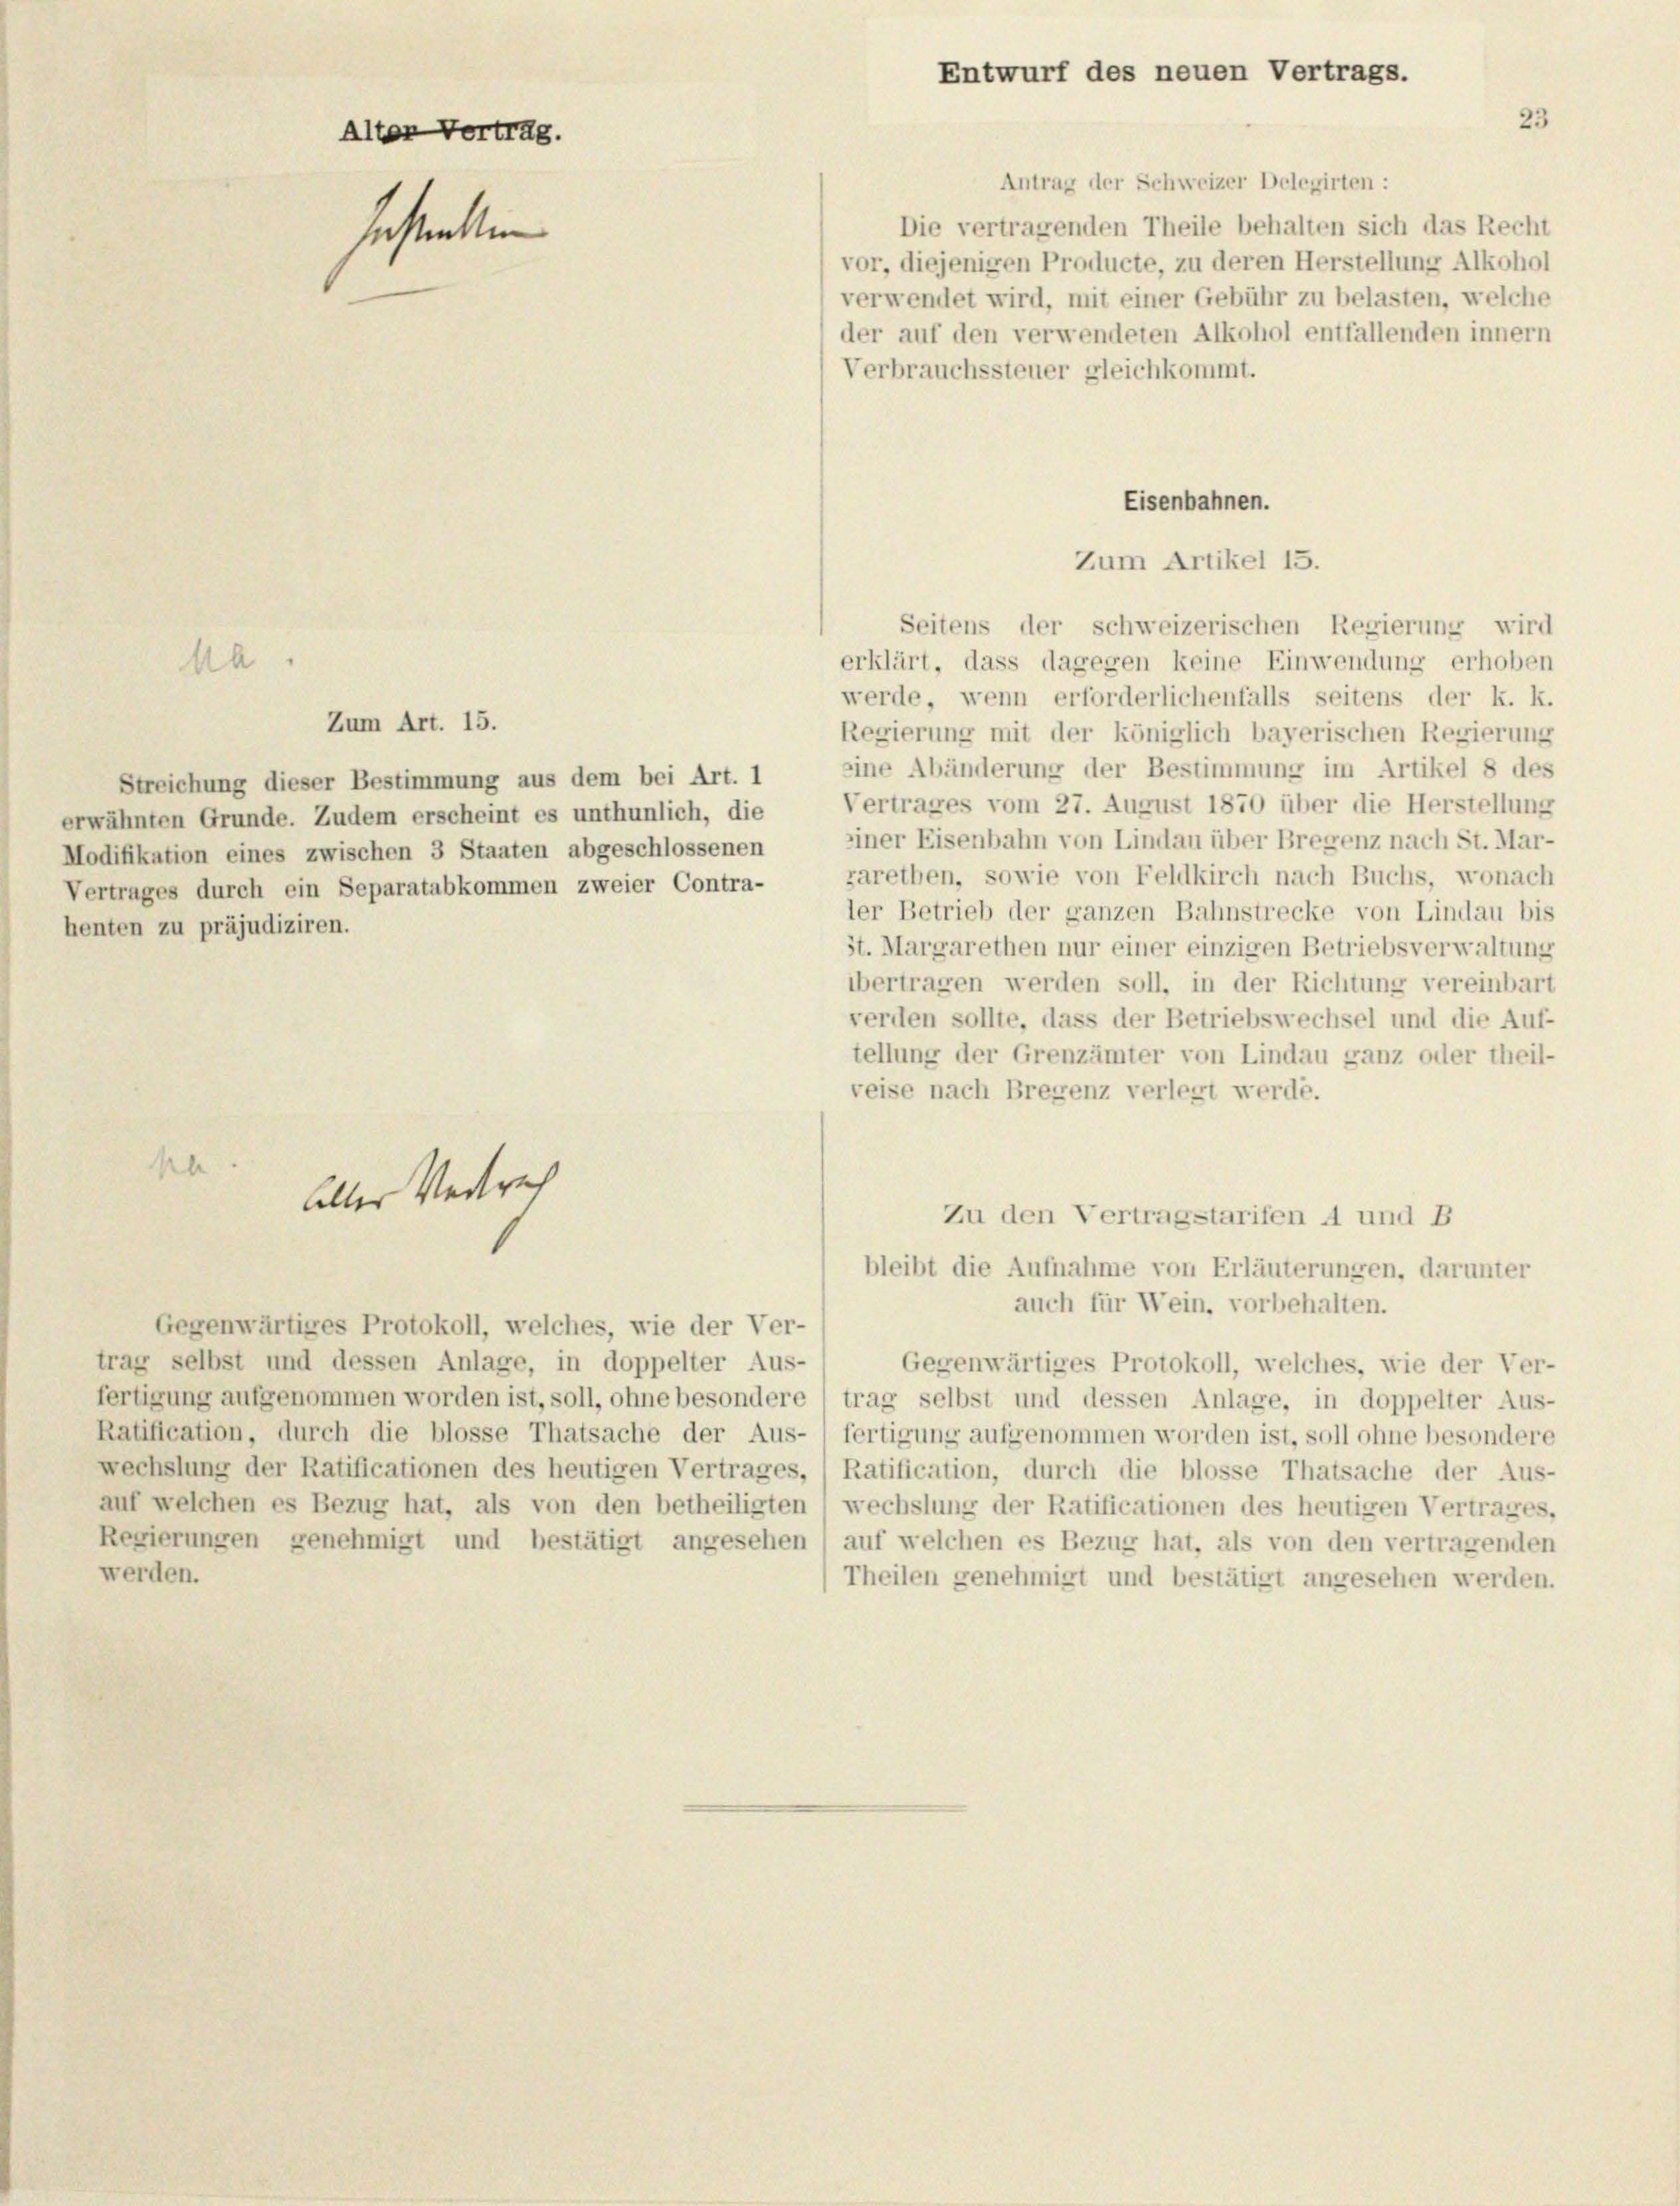
werden.

Antrag der Schweizer Delegirten :
Die vertragenden Theile behalten sich das Recht
vor, diejenigen Producte, zu deren Herstellung Alkohol
verwendet wird, mit einer Gebühr zu belasten, welche
der auf den verwendeten Alkohol entfallenden innern
Verbrauchssteuer gleichkommt.
Eisenbahnen.
Zum Artikel 15.
Seitens der schweizerischen Regierung wird
erklärt, dass dagegen keine Einwendung erhoben
Aa.
werde, wenn erforderlichenfalls seitens der k. k.
Regierung mit der königlich bayerischen Regierung
eine Abänderung der Bestimmung im Artikel 8 des
Vertrages vom 27. August 1870 über die Herstellung
einer Eisenbahn von Lindau über Bregenz nach St. Mar-
ler Betrieb der ganzen Bahnstrecke von Lindau bis
St. Margarethen nur einer einzigen Betriebsverwaltung
übertragen werden soll, in der Richtung vereinbart
verden sollte, dass der Betriebswechsel und die Auf-
tellung der Grenzämter von Lindau ganz oder theil-
veise nach Bregenz verlegt werde.
se
halter Vertrach
Zu den Vertragstarifen A und B
bleibt die Aufnahme von Erläuterungen, darunter
auch für Wein, vorbehalten.
Gegenwärtiges Protokoll, welches, wie der Ver-
trag selbst und dessen Anlage, in doppelter Aus-
Gegenwärtiges Protokoll, welches, wie der Ver-
fertigung aufgenommen worden ist, soll, ohne besondere ( trag selbst und dessen Anlage, in doppelter Aus-
Ratification, durch die blosse Thatsache der Aus- fertigung aufgenommen worden ist, soll ohne besondere
wechslung der Ratificationen des heutigen Vertrages, (Ratification, durch die blosse Thatsache der Aus-
auf welchen es Bezug hat, als von den betheiligten (wechslung der Ratificationen des heutigen Vertrages.
Regierungen genehmigt und bestätigt angesehen) auf welchen es Bezug hat, als von den vertragenden
Theilen genehmigt und bestätigt angesehen werden.

Alter Vertrag.
sestellen

Streichung dieser Bestimmung aus dem bei Art. 1
erwähnten Grunde. Zudem erscheint es unthunlich, die
Modifikation eines zwischen 3 Staaten abgeschlossenen
Vertrages durch ein Separatabkommen zweier Contra- sarethen, sowie von Feldkirch nach Buchs, wonach
henten zu präjudiziren.

Zum Art. 15.

Entwurf des neuen Vertrags.
23